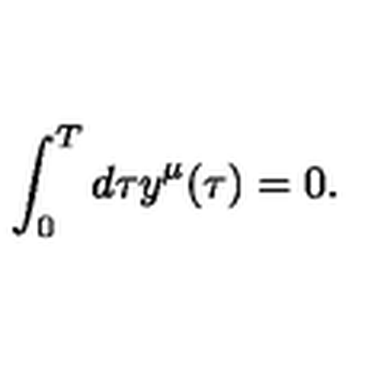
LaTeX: \int _ { 0 } ^ { T } d \tau y ^ { \mu } ( \tau ) = 0 .